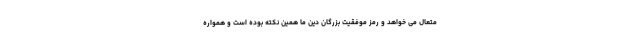
متعال می خواهد و رمز موفقیت بزرگان دین ما همین نکته بوده است و همواره